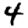
Digit: 4